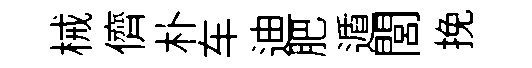
械儕朴车迪肥遁閭挽